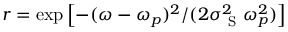
r = \exp \left[ - ( \omega - \omega _ { p } ) ^ { 2 } / ( 2 \sigma _ { \mathrm { ~ S ~ } } ^ { 2 } \omega _ { p } ^ { 2 } ) \right]